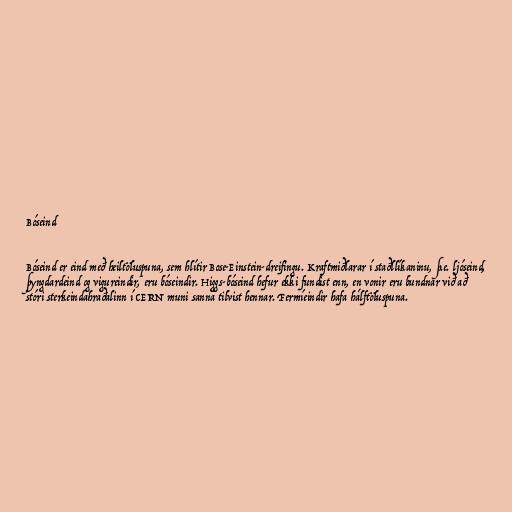
Bóseind

Bóseind er eind með heiltöluspuna, sem hlítir Bose-Einstein-dreifingu. Kraftmiðlarar í staðllíkaninu, þ.e. ljóseind,
þyngdardeind og vigureindir, eru bóseindir. Higgs-bóseind hefur ekki fundist enn, en vonir eru bundnar við að
stóri sterkeindahraðalinn í CERN muni sanna tilvist hennar. Fermíeindir hafa hálftöluspuna.